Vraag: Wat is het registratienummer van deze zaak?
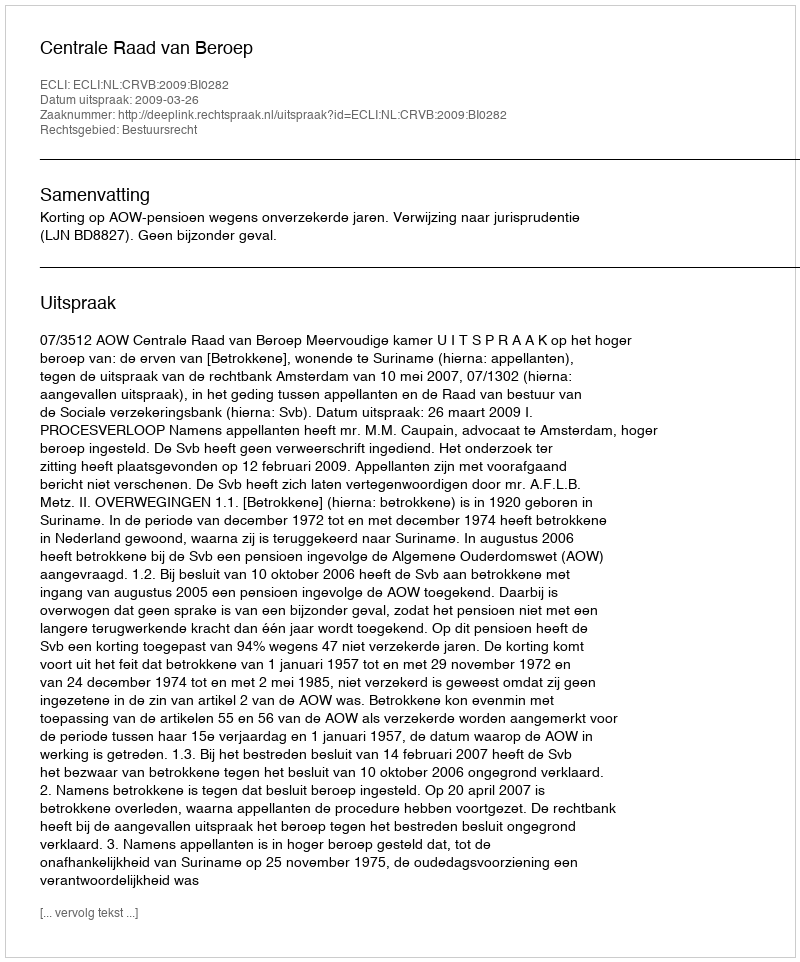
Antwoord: http://deeplink.rechtspraak.nl/uitspraak?id=ECLI:NL:CRVB:2009:BI0282